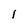
Character: 1